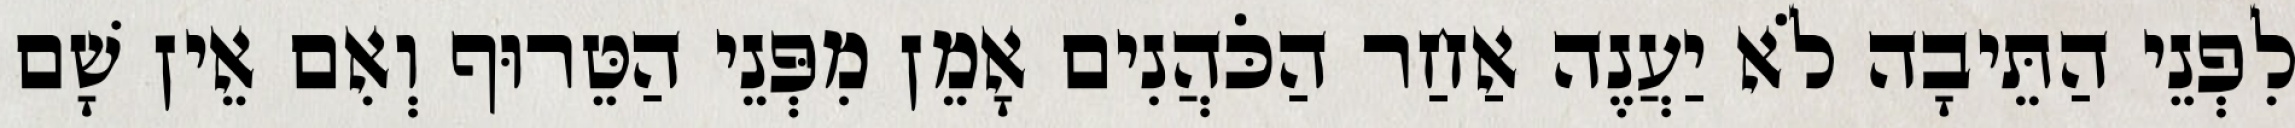
לִפְנֵי הַתֵּיבָה לֹא יַעֲנֶה אַחַר הַכֹּהֲנִים אָמֵן מִפְּנֵי הַטֵּרוּף וְאִם אֵין שָׁם